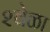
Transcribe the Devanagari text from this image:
२वेळा